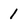
Character: 1